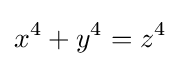
x^{4}+y^{4}=z^{4}